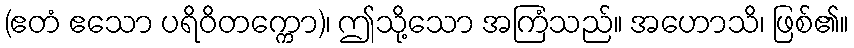
(ဧတံ ဧသော ပရိဝိတက္ကော)၊ ဤသို့သော အကြံသည်။ အဟောသိ၊ ဖြစ်၏။